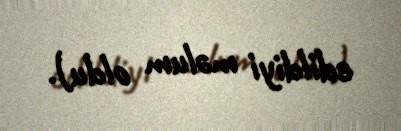
edildiyi məlum oldu).